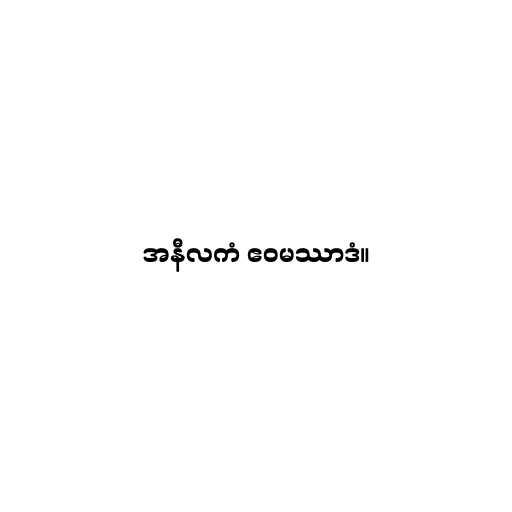
အနီလကံ ဧဝမဿာဒံ။